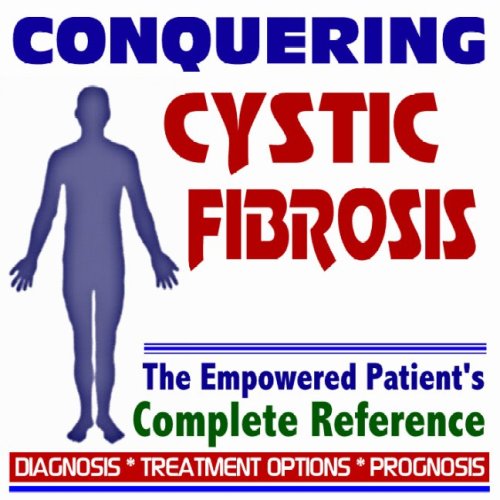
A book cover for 2009 Conquering Cystic Fibrosis - The Empowered Patient's Complete Reference - Diagnosis, Treatment Options, Prognosis (Two CD-ROM Set); PM Medical Health News; Health, Fitness & Dieting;